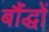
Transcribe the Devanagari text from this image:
बौंद्धों